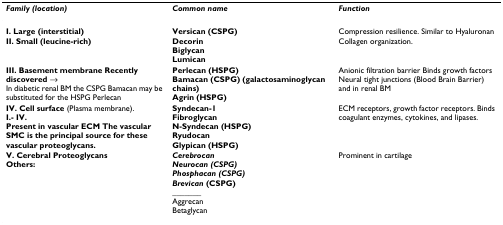
| Family (location) | Common name | Function |
 | --- | --- | --- |
 | I. Large (interstitial) | Versican (CSPG) | Compression resilience. Similar to Hyaluronan |
 | II. Small (leucine-rich) | DecorinBiglycanLumican | Collagen organization. |
 | III. Basement membrane Recently discovered → In diabetic renal BM the CSPG Bamacan may be substituted for the HSPG Perlecan | Perlecan (HSPG)Bamacan (CSPG) (galactosaminoglycan chains)Agrin (HSPG) | Anionic filtration barrier Binds growth factorsNeural tight junctions (Blood Brain Barrier) and in renal BM |
 | IV. Cell surface (Plasma membrane).I.- IV.Present in vascular ECM The vascular SMC is the principal source for these vascular proteoglycans. | Syndecan-1FibroglycanN-Syndecan (HSPG)RyudocanGlypican (HSPG) | ECM receptors, growth factor receptors. Binds coagulant enzymes, cytokines, and lipases. |
 | V. Cerebral ProteoglycansOthers: | CerebrocanNeurocan (CSPG)Phosphacan (CSPG)Brevican (CSPG)_______AggrecanBetaglycan | Prominent in cartilage |